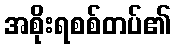
အစိုးရစစ်တပ်၏